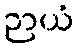
ဉာယံ